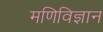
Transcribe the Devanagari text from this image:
मणिविज्ञान